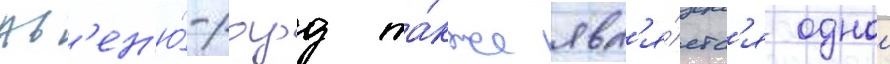
Ав'ен'ю́-роуд та́кже явл'я́етс'я однои